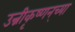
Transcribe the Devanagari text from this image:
उन्नीकृष्णन्‌च्या